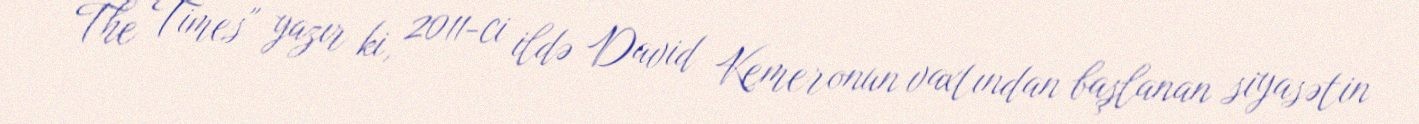
The Times" yazır ki, 2011-ci ildə David Kemeronun vaxtından başlanan siyasətin